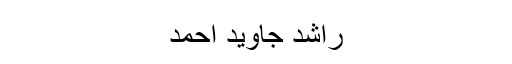
راشد جاوید احمد